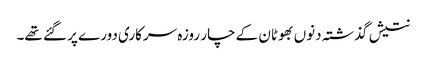
نتیش گذشتہ دنوں بھوٹان کے چار روزہ سرکاری دورے پر گئے تھے۔